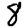
Digit: 8